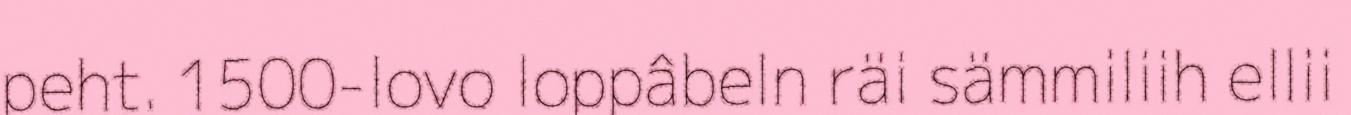
peht. 1500-lovo loppâbeln räi sämmiliih ellii